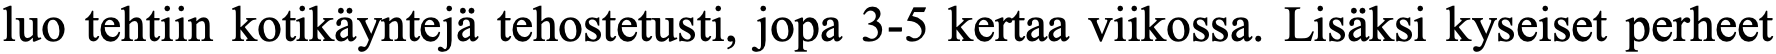
luo tehtiin kotikäyntejä tehostetusti, jopa 3-5 kertaa viikossa. Lisäksi kyseiset perheet